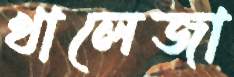
খালেজা